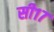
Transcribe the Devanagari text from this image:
सी१७